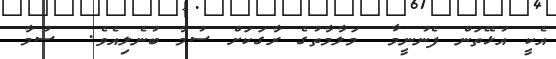
އެކީ އުޅޭތަން ފެނުނީމާ  މަލާމާތުގެ ރާގަކަށް ސުމާ ބުނެލިއެވެ.  ސުމާ